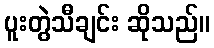
ပူးတွဲသီချင်း ဆိုသည်။